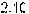
2.10